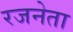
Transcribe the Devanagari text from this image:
रजनेता